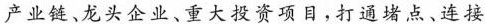
产业链、龙头企业、重大投资项目，打通堵点、连接